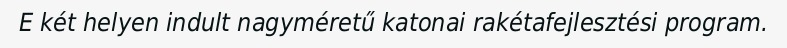
E két helyen indult nagyméretű katonai rakétafejlesztési program.